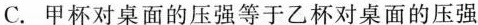
C. 甲杯对桌面的压强等于乙杯对桌面的压强